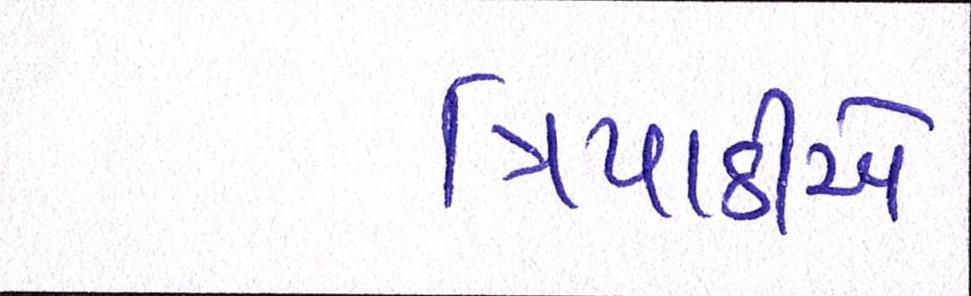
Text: ત્રિપાઠીએ